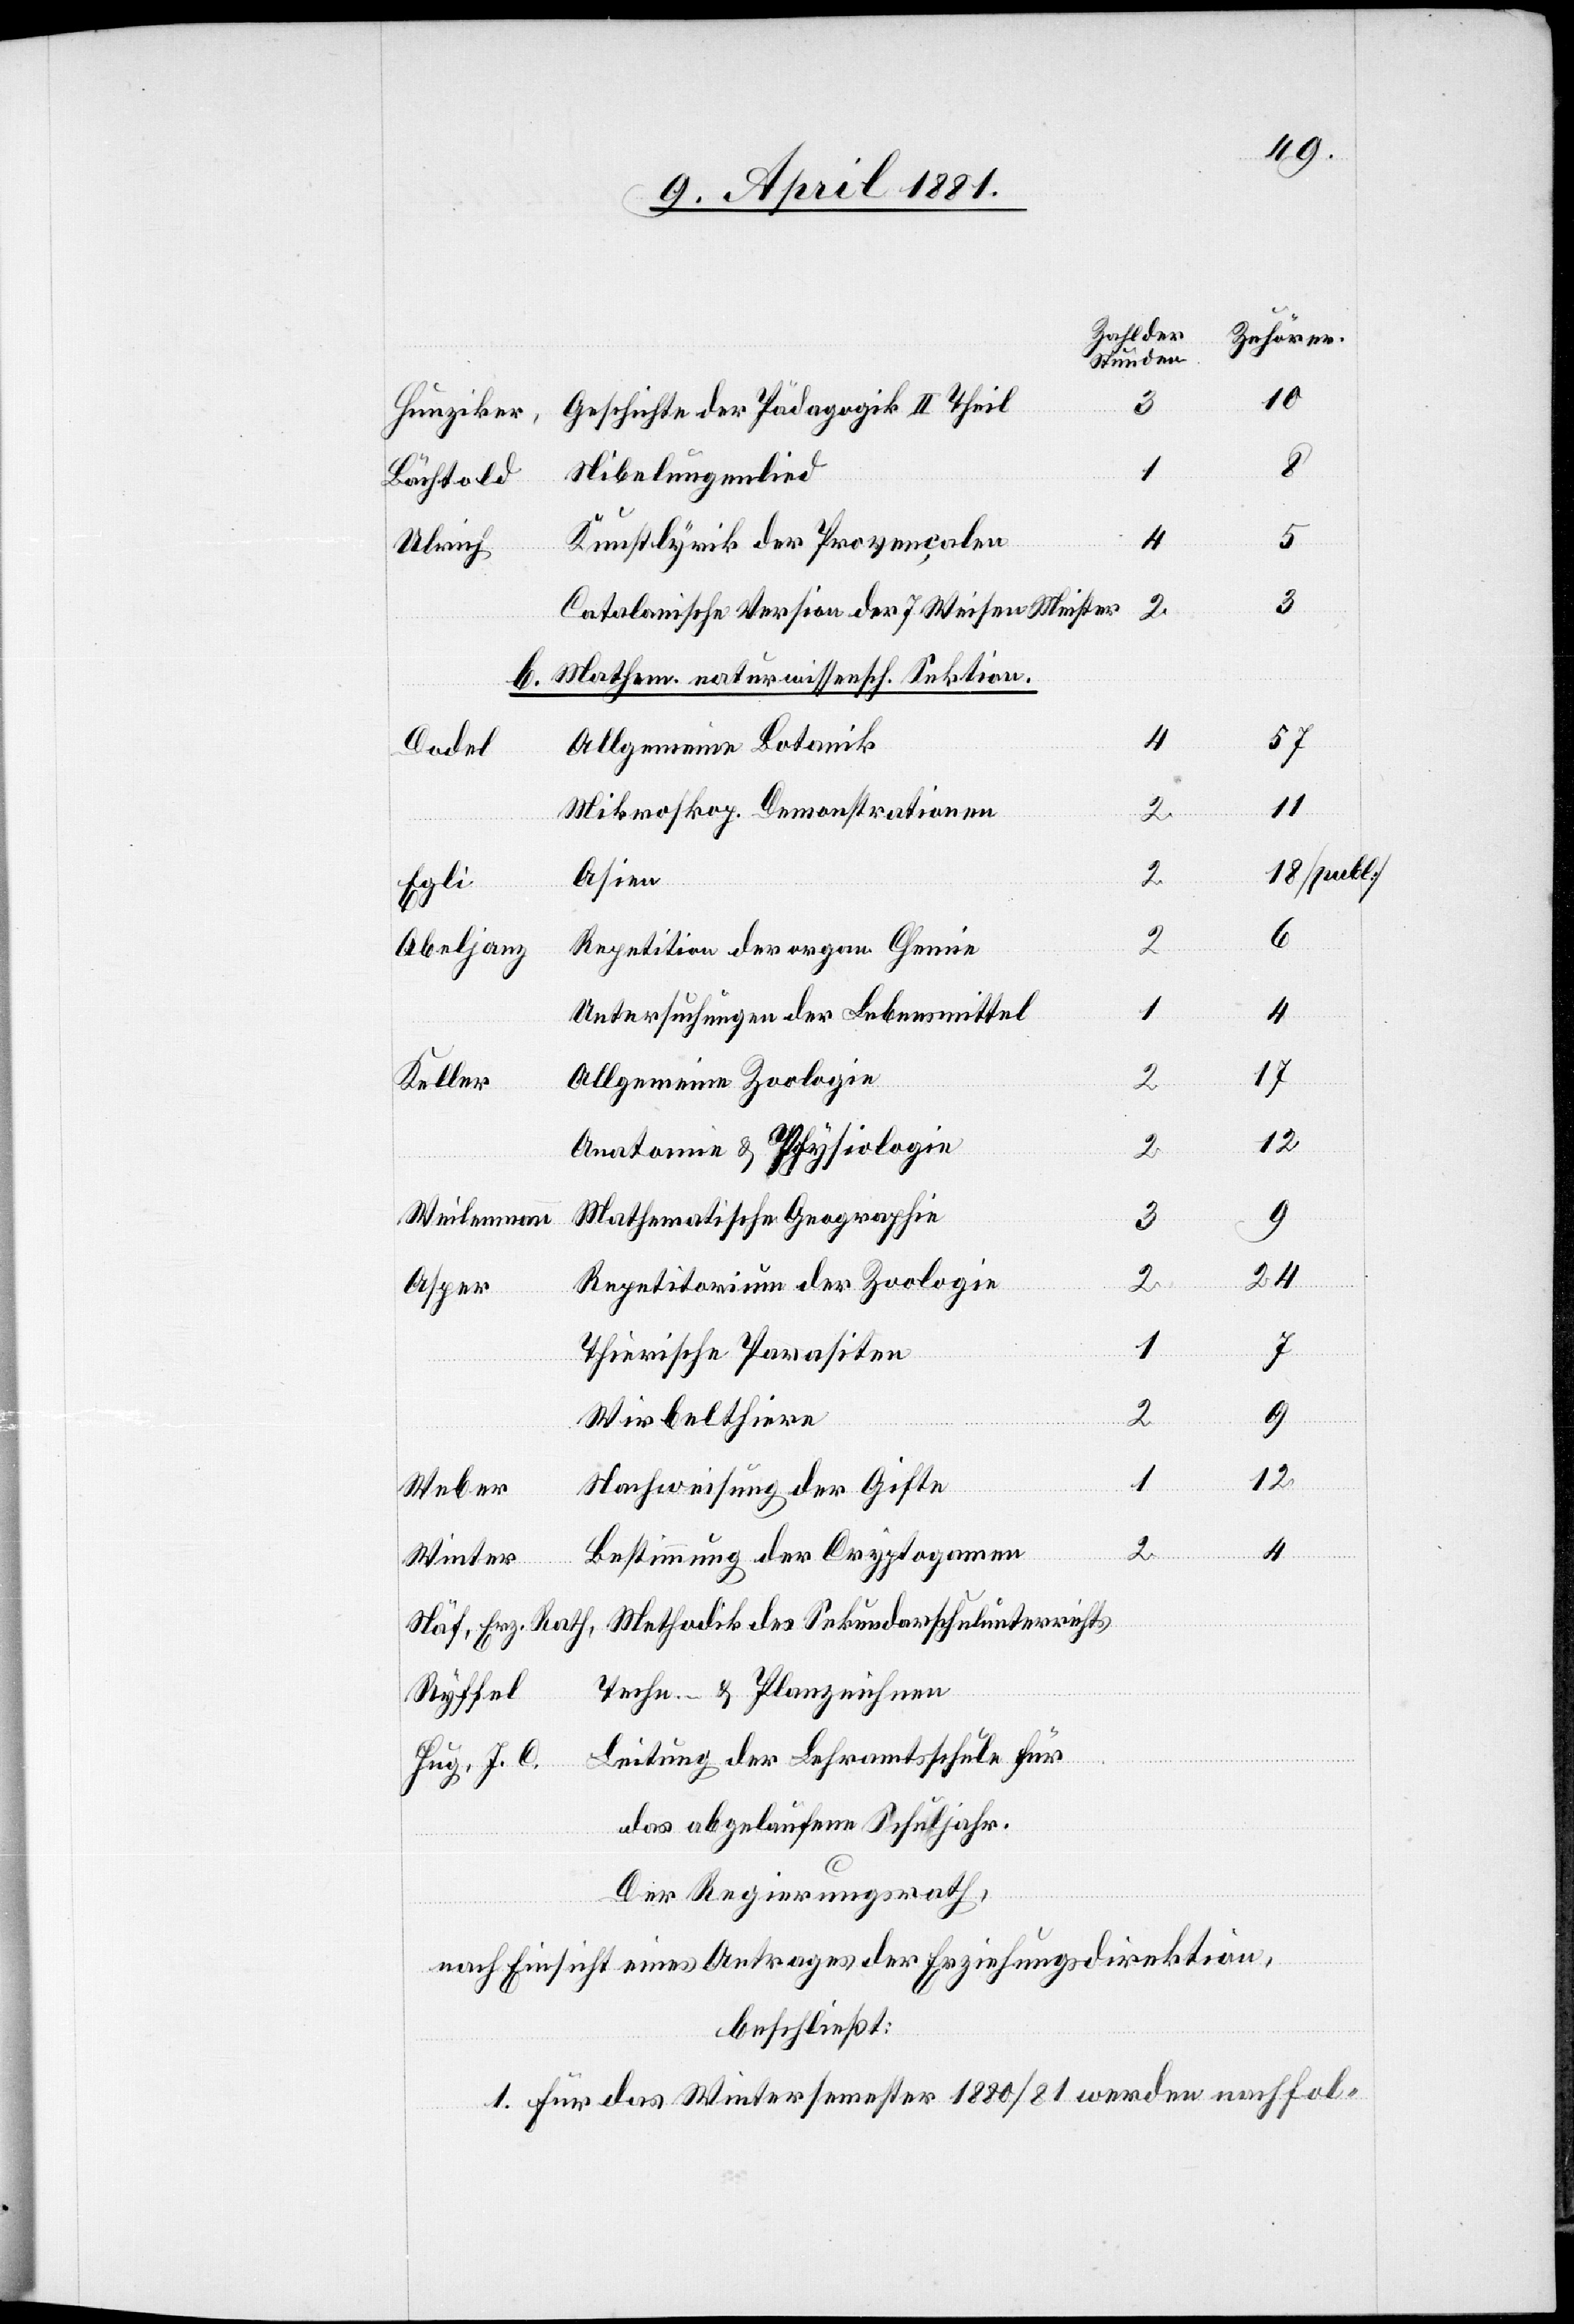
10
Geschichte der Pädagogik II. Theil
Hunziker,
Nibelungenlied
Bächtold
Kunstlyrik der Provencalen
Ulrich
Catalanische Version der 7. Weisen Meister
b. Mathem. naturwissensch. Sektion.
Allgemeine Botanik
Dodel
11
Mikroskop. Demonstrationen
Asien
Egli
Repetition der organ. Chemie
Abeljanz
Untersuchungen der Lebensmittel
Allgemeine Zoologie
Keller
Anatomie & Physiologie
Mathematische Geographie
Weilenmann
3
Repetitorium der Zoologie
Asper
Thierische Parasiten
9
Wirbelthiere
2
4
2
Nachweisung der Gifte
Weber
Bestimmung der Cryptogamen
Winter
Methodik des Sekundarschulunterrichts
Näf, Erz. Rath,
Techn.- & Planzeichnen
Ryffel
Leitung der Lehramtsschule für
Hug, J. C.
das abgelaufene Schuljahr.
Der Regierungsrath,
nach Einsicht eines Antrages der Erziehungsdirektion,
beschließt:
1. Für das Wintersemester 1880/81 werden nachfol-